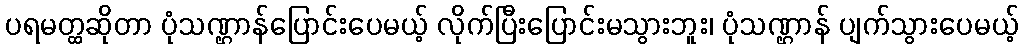
ပရမတ္ထဆိုတာ ပုံသဏ္ဌာန်ပြောင်းပေမယ့် လိုက်ပြီးပြောင်းမသွားဘူး၊ ပုံသဏ္ဌာန် ပျက်သွားပေမယ့်